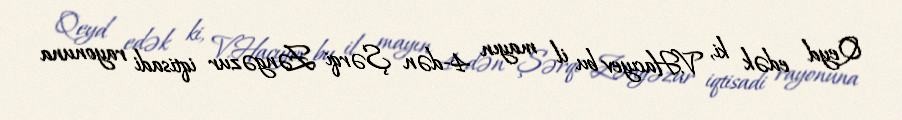
Qeyd edək ki, V.Hacıyev bu il mayın 4-dən Şərqi Zəngəzur iqtisadi rayonuna